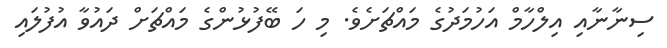
ސިނާނާއި އިލްހާމް އަހުމަދުގެ މައްޗަށެވެ. މި ހަ ބޭފުޅުންގެ މައްޗަށް ދައުވާ އުފުލައި